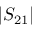
| S _ { 2 1 } |